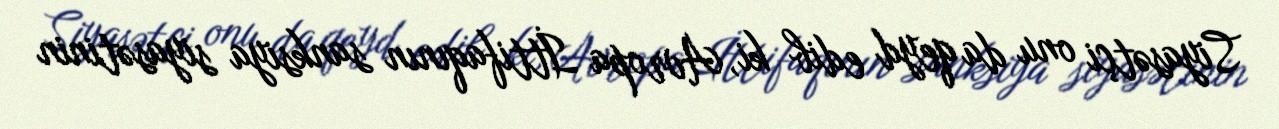
Siyasətçi onu da qeyd edib ki, Avropa İttifaqının sanksiya siyasətinin